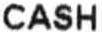
CASH